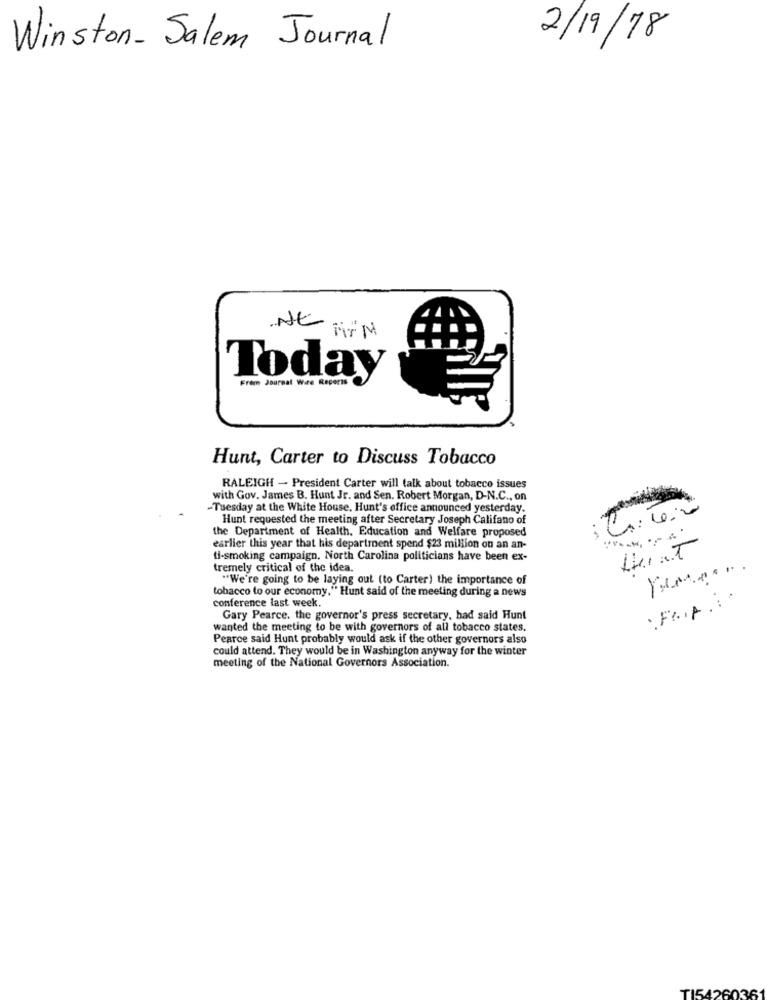
2/19/78
Winston- Salem Journal
Today
From Journal Wire Reports
Hunt, Carter to Discuss Tobacco
RALEIGH - President Carter will talk about tobacco issues
with Gov. James B. Hunt Jr. and Sen. Robert Morgan, D-N.C ., on
-Tuesday at the White House. Hunt's office announced yesterday.
41:4.20
Hunt requested the meeting after Secretary Joseph Califano of
the Department of Health, Education and Welfare proposed
earlier this year that his department spend $23 million on an an-
HUIT
ti-smoking campaign, North Carolina politicians have been ex-
tremely critical of the idea.
"We're going to be laying out (to Carter) the importance of
tobacco to our economy." Hunt said of the meeting during a news
conference last week.
Gary Pearce. the governor's press secretary, had said Hunt
wanted the meeting to be with governors of all tobacco states.
Pearce said Hunt probably would ask if the other governors also
could attend. They would be in Washington anyway for the winter
meeting of the National Governors Association.
TI5426